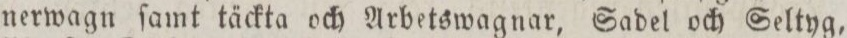
nerwagn ſamt täckta och Arbetswagnar, Sadel och Seltyg,